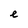
Character: e